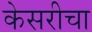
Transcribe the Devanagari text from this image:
केसरीचा